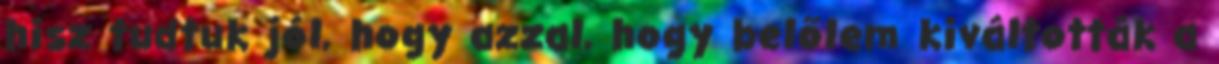
hisz tudtuk jól, hogy azzal, hogy belőlem kiváltották a